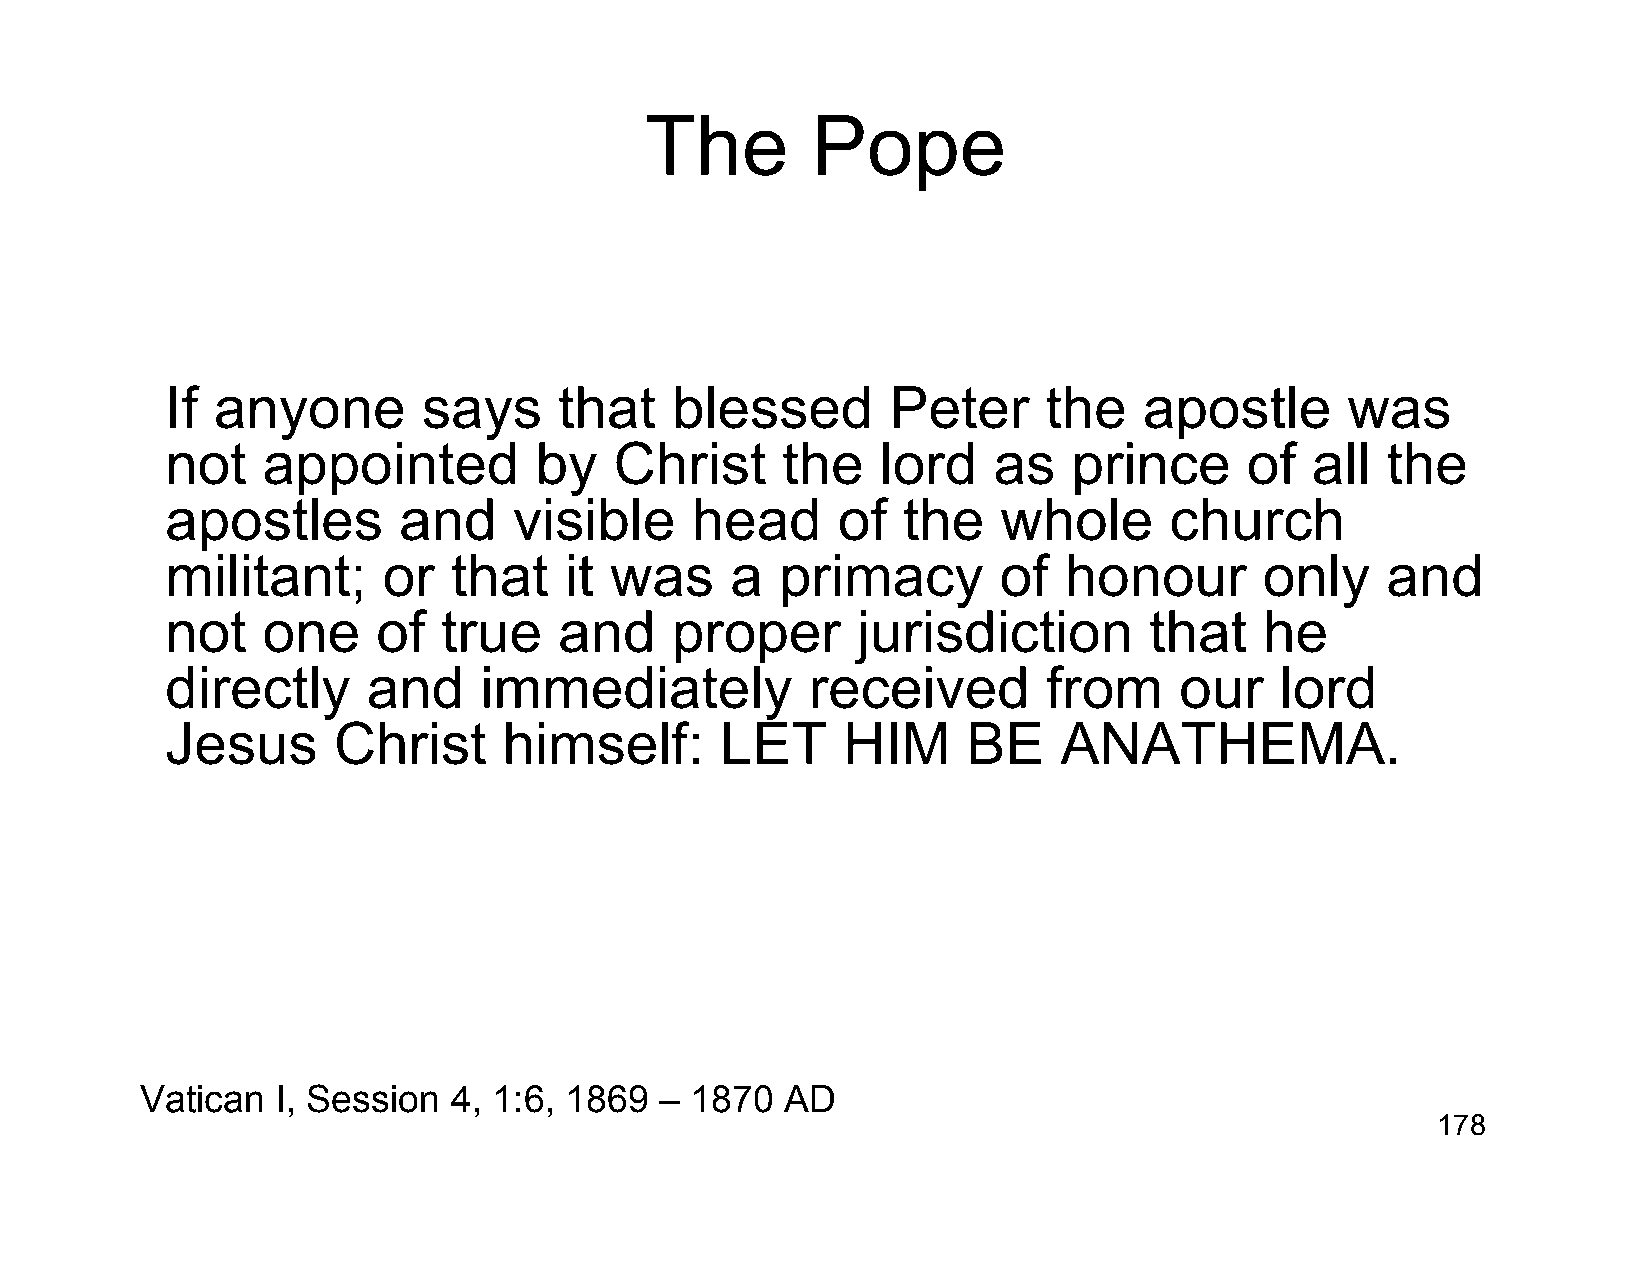
The        Pope
 If anyone        says     that   blessed        Peter     the    apostle      was
 not   appointed         by    Christ     the   lord    as   prince      of  all  the
 apostles       and     visible     head     of   the   whole      church
 militant;     or   that   it was     a   primacy       of  honour        only    and
 not   one     of  true    and    proper       jurisdiction       that    he
 directly     and     immediately           received       from     our    lord
 Jesus      Christ     himself:       LET     HIM     BE    ANATHEMA.
 Vatican  I, Session  4, 1:6, 1869  – 1870  AD
 178